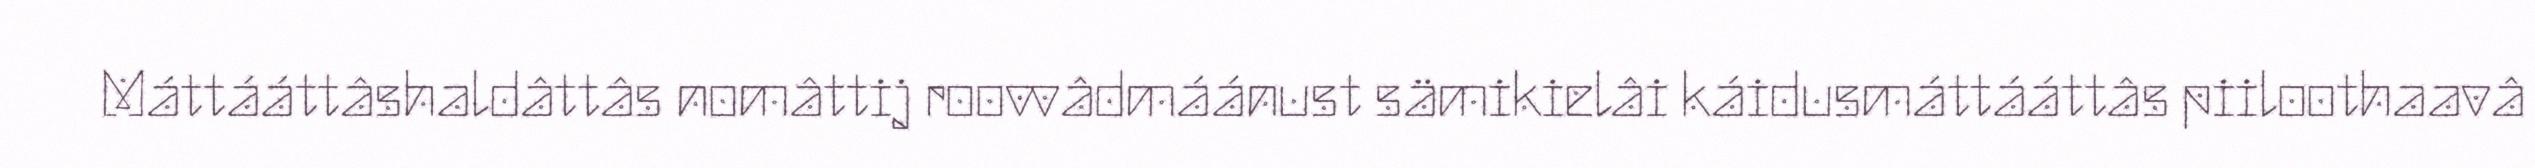
Máttááttâshaldâttâs nomâttij roovvâdmáánust sämikielâi káidusmáttááttâs piiloothaavâ